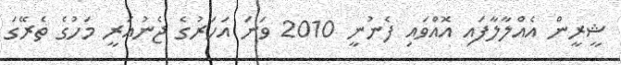
ޝީރީން އެއްލާލާފައި އޮއްވައި ފެނުނީ 2010 ވަނަ އަހަރުގެ ޖެނުއަރީ މަހުގެ ތެރޭގަ